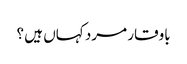
باوقار مرد کہاں ہیں ؟